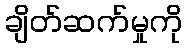
ချိတ်ဆက်မှုကို